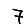
Digit: 7